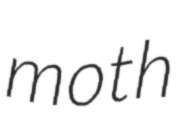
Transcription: moth